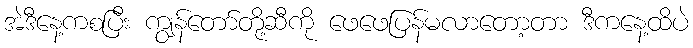
အဲဒီနေ့ကစပြီး ကျွန်တော်တို့ဆီကို ဖေဖေပြန်မလာတော့တာ ဒီကနေ့ထိပဲ